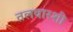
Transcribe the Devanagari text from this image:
तलवारशी